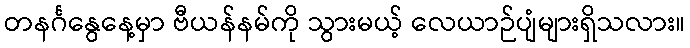
တနင်္ဂနွေနေ့မှာ ဗီယန်နမ်ကို သွားမယ့် လေယာဉ်ပျံများရှိသလား။